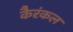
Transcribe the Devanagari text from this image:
कैरंकल